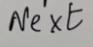
Next